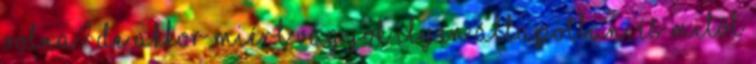
volna? De akkor miért vagyok ilyen állapotban, és mitől